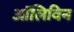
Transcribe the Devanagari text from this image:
ऑलिविन